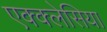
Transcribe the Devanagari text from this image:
एक्क्लेसिया